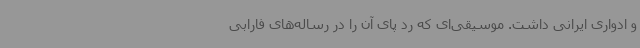
و ادواری ایرانی داشت. موسیقی‌ای که رد پای آن را در رساله‌های فارابی